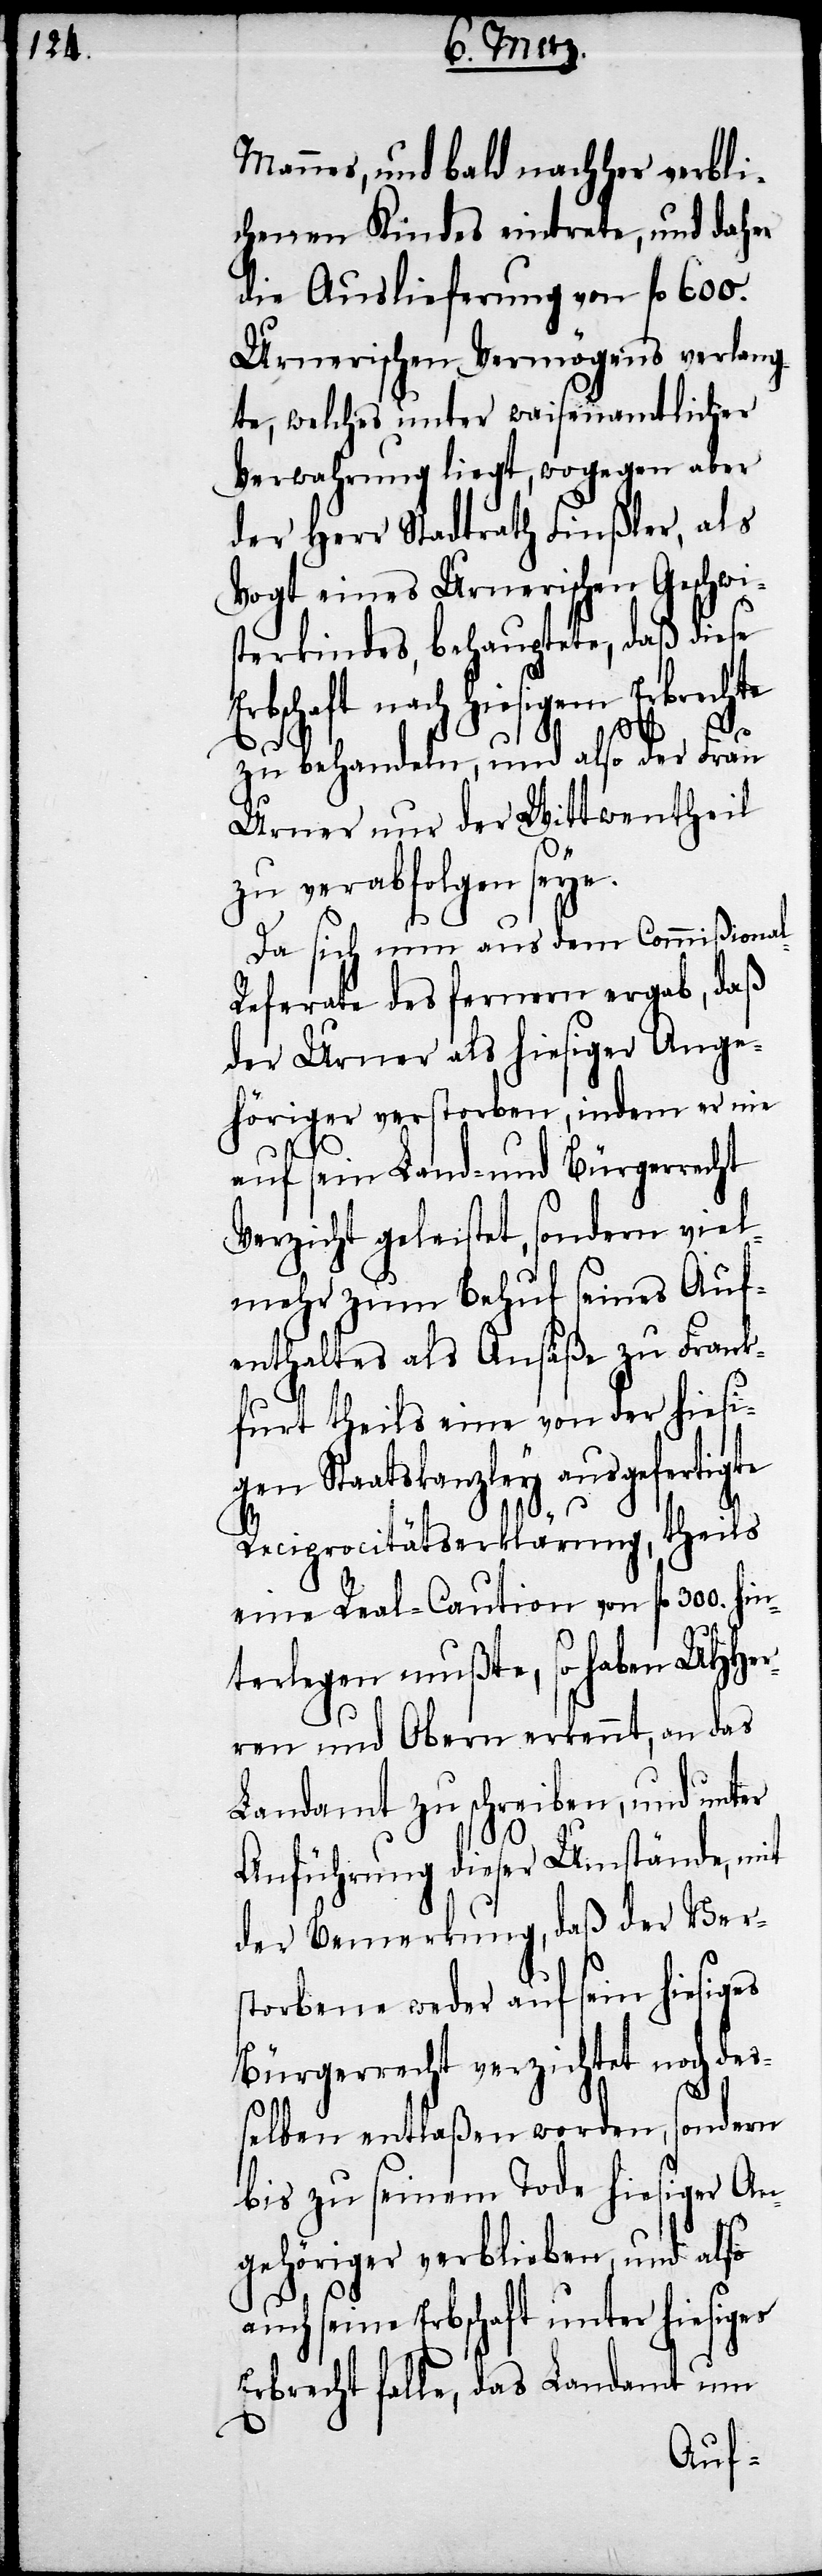
Mannes, und bald nachher verbli¬
chenen Kindes eintrete, und daher
die Auslieferung von fl. 600.
Urnerischen Vermögens verlang¬
te, welches unter waisenamtlicher
Verwahrung liegt, wogegen aber
der Herr Stadtrath Finßler, als
Vogt eines Urnerischen Geschwi¬
sterkindes, behauptete, daß diese
nach hiesigem Erbrechte
zu behandeln, und also der Frau
Urner nur der Wittwentheil
zu verabfolgen seye.
Da sich nun aus dem Commißiona¬
eferate des fernern ergab, daß
der Urner als hiesiger Ange¬
höriger verstorben, indem er nie
auf sein Land- und Bürgerrecht
Verzicht geleistet, sondern viel
mehr zum Behuf seines Auf¬
enthaltes als Ansäße zu Frank¬
furt theils eine von der hiesi¬
gen Staatskanzley ausgefertigte
l-R¬
Reciprocitätserklärung, theils
eine Real-Caution von fl. 300. hi¬
nterlegen mußte, so haben UHHer¬
ren und Obern erkennt, an das
Landamt zu schreiben, und unter
Anführung dieser Umstände, mit
der Bemerkung, daß der Ver¬
storbene weder auf sein hiesiges
Bürgerrecht verzichtet noch des¬
selben entlaßen worden, sondern
bis zu seinem Tode hiesiger An¬
gehöriger verblieben, und also
auch seine Erbschaft unter hiesiges
Erbrecht falle, das Landamt um